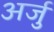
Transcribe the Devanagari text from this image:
अर्जु